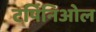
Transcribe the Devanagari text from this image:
टर्पिनिओल